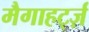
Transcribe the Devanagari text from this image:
मैगाहर्ट्ज़